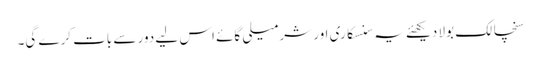
سنچالک بولا دیکھئے یہ سنسکاری اور شرمیلی گائے اس لیے دور سے بات کرے گی۔